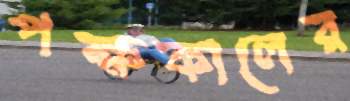
পক্ষকালের